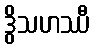
ဒွိသဟဿီ